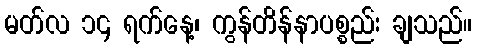
မတ်လ ၁၄ ရက်နေ့၊ ကွန်တိန်နာပစ္စည်း ချသည်။